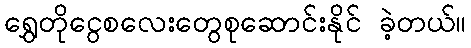
ရွှေတိုငွေစလေးတွေစုဆောင်းနိုင် ခဲ့တယ်။